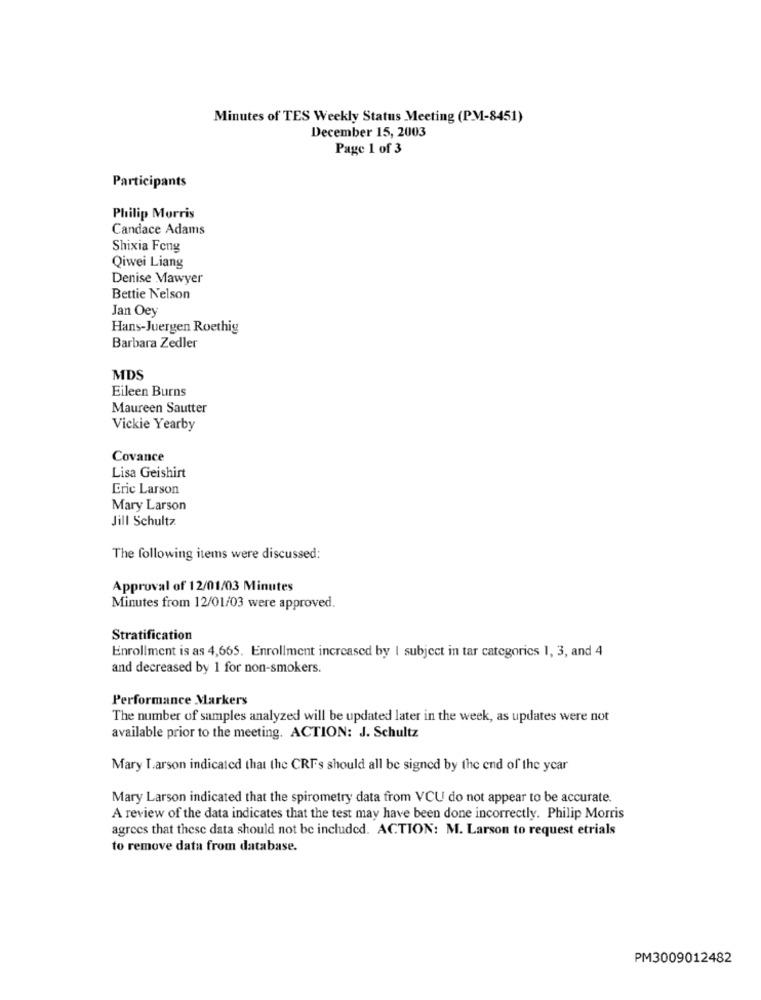
Minutes of TES Weekly Status Meeting (P.M-8451)
December 15, 2003
Page 1 of 3
Participants
Philip Morris
Candace Adams
Shixia Feng
Qiwei Liang
Denise Mawyer
Bettie Nelson
Jan Oey
Hans-Juergen Roethig
Barbara Zedler
MDS
Eileen Burns
Maureen Sautter
Vickie Yearby
Covance
Lisa Geishirt
Eric Larson
Mary Larson
Jill Schultz.
The following items were discussed:
Approval of 12/01/03 Minutes
Minutes from 12/01/03 were approved.
Stratification
Enrollment is as 4,665. Enrollment increased by | subject in tar categories 1, 3, and 4
and decreased by 1 for non-smokers.
Performance Markers
The number of samples analyzed will be updated later in the week, as updates were not
available prior to the meeting. ACTION: J. Schultz
Mary Larson indicated that the CRFs should all be signed by the end of the year
Mary Larson indicated that the spirometry data from VCU do not appear to be accurate.
A review of the data indicates that the test may have been done incorrectly. Philip Morris
agrees that these data should not be included. ACTION: M. Larson to request etrials
to remove data from database.
PM3009012482